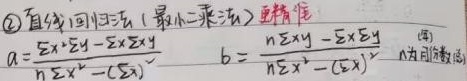
\textcircled{2} 直线回归法（最小二乘法）更精准

\[a = \frac{\sum x \sum y - n\sum xy}{n\sum x^{2}-(\sum x)^{2}} \quad b = \frac{n\sum xy - \sum x \sum y}{n\sum x^{2}-(\sum x)^{2}}\]

（n为自然数据）